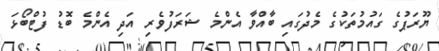
ޔޫރަޕުގެ ގައުމުތަކުގެ މެދުގައި ބާއްވާ އެންމެ ޝަރަފުވެރި އަދި އެންމެ ބޮޑު ފުޓްބޯޅަ